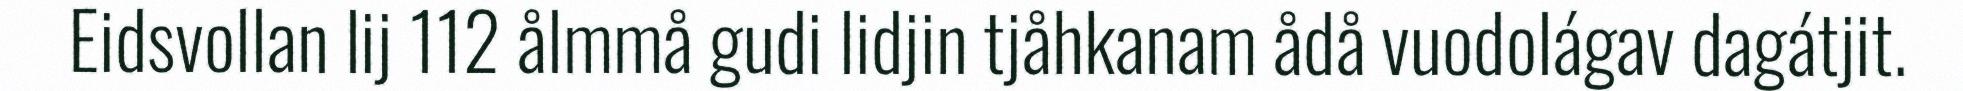
Eidsvollan lij 112 ålmmå gudi lidjin tjåhkanam ådå vuodolágav dagátjit.